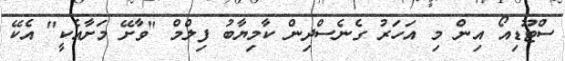
ސްޓޫޑިއޯ އިން މި އަހަރު ގެނެސްދިން ކާމިޔާބު ފިލްމް "ވާށޭ މަށާއެކީ" އެކޭ